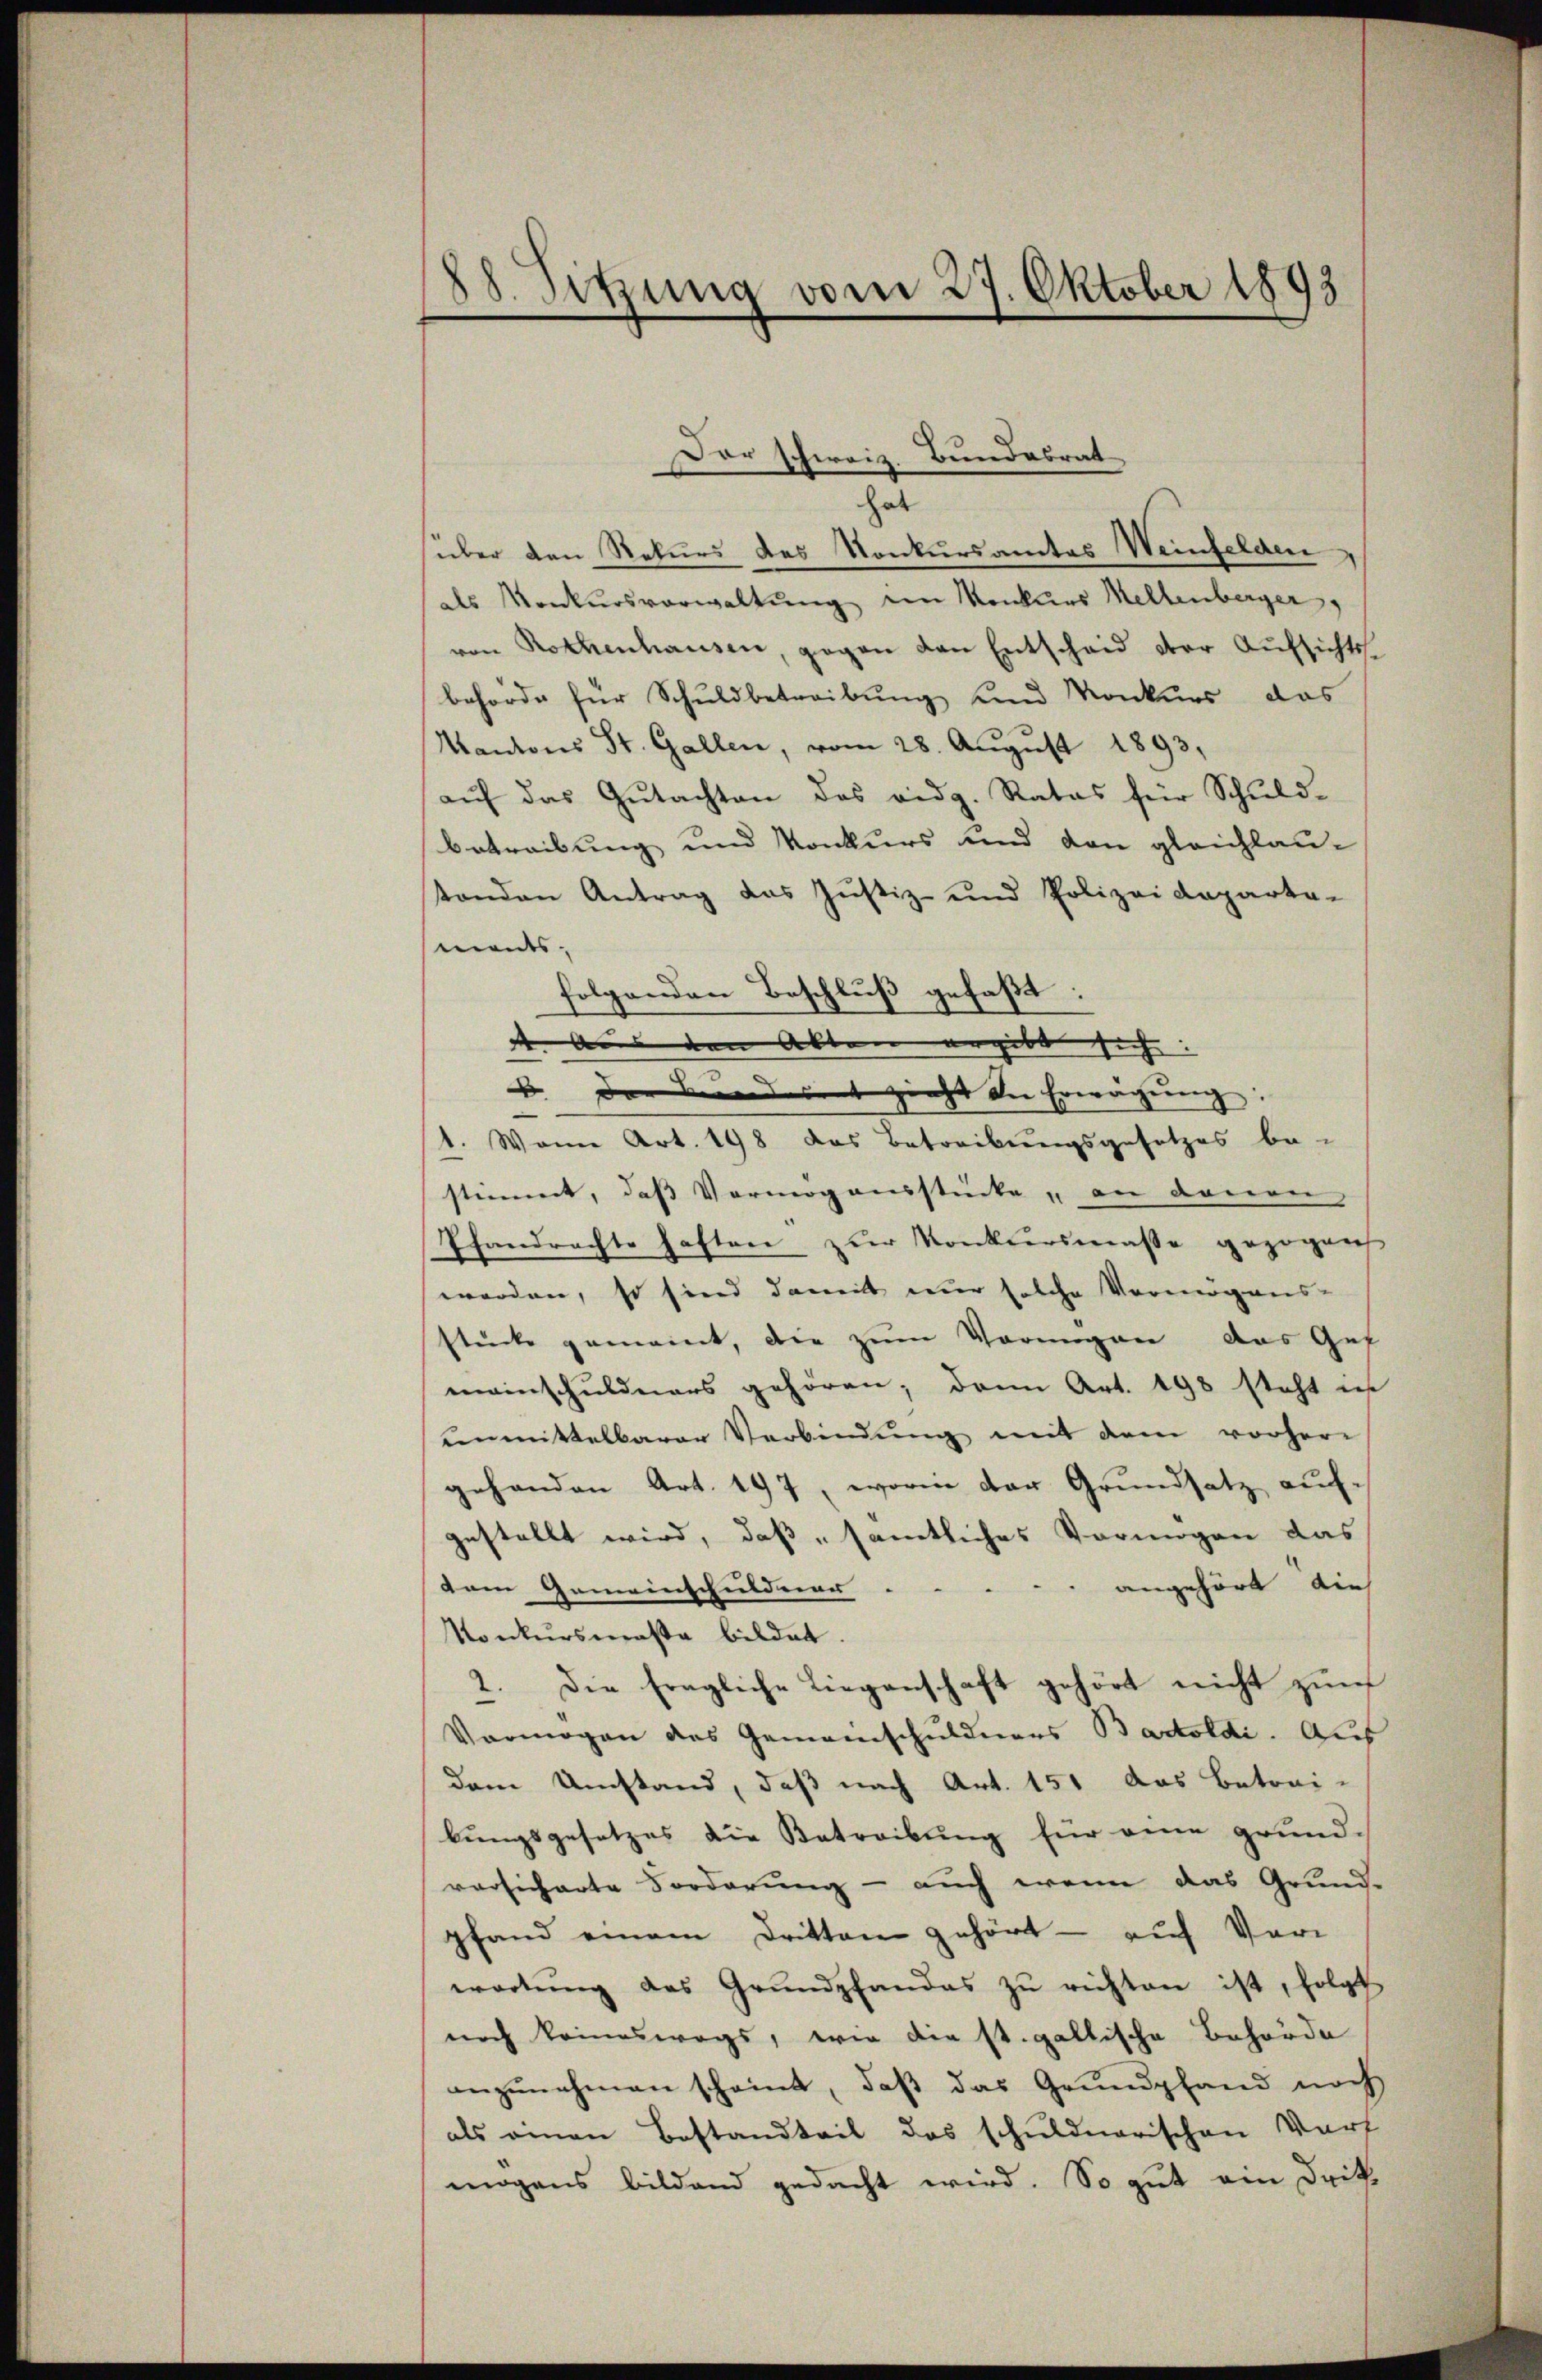
88. Sitzung vom 27. Oktober 1893

süber den Rekurs des Konkursamtes Weinfelden
des Konkursverwaltung ein Konkurs Mellenberger,
von Rothenhausen, gegen den Entscheid der Aufsichts
behörde für Schuldbetreibung und Konkurs das
Kantons St. Gallen, vom 28. Aŭgŭst 1893,
aŭf das Gŭtachten des eidg. Ratas für Schŭld-
betreibung und Konkurs und von gleichlau-
standen Antrag das Justiz- und Polizeideparta-
medes
folgenden Beschluß gefaßt:
d Aus den Akten ergibt sich
B. der Bunderseit zieht die Erwägung:
1. Wann Art. 198 das Betreibungsgesetzes be-
stimmt, das Vermögensstücke „an denen
Pfandrachte haften zur Konkursmasse gezogen
werden, so sind damit nur solche Vermögens-
stücke gemeint, die zum Vormigen das Gef
meinschuldners gehören; dann Art. 198 steht in
unmittelbarer Verbindŭng mit dem vorheri
gehanden Art. 197, worin der Grundsatz aufgestellt wird, daß „sämtliches Vermögen das
angehört, dies
dem Gemeinschuldenau
Konkursmaßa bildet
2. Die fragliche Liegenschaft gehört nicht zur
Vermögen des Gemeinschuldners Bartoldi. Auf
dem Umstand, daß nach Art. 151 das betrai-
bungsgesetzes die Betreibung für eine grundversicherte Forderung - auch wenn das Grund-
pfand einem Dritten gehört - auf Vor
wortŭng des Grundpfandes zŭ richten ist, folgt
noch keineswegs, wie die st. gallische Behörde
anzŭnehmen scheint, daβ das Grundpfand noch
als einen Bestandteil das schŭldnerischen Vorf
mögens bildend gedacht wird. So gut ein Drit

Dar schweiz. Bundesrat
hat